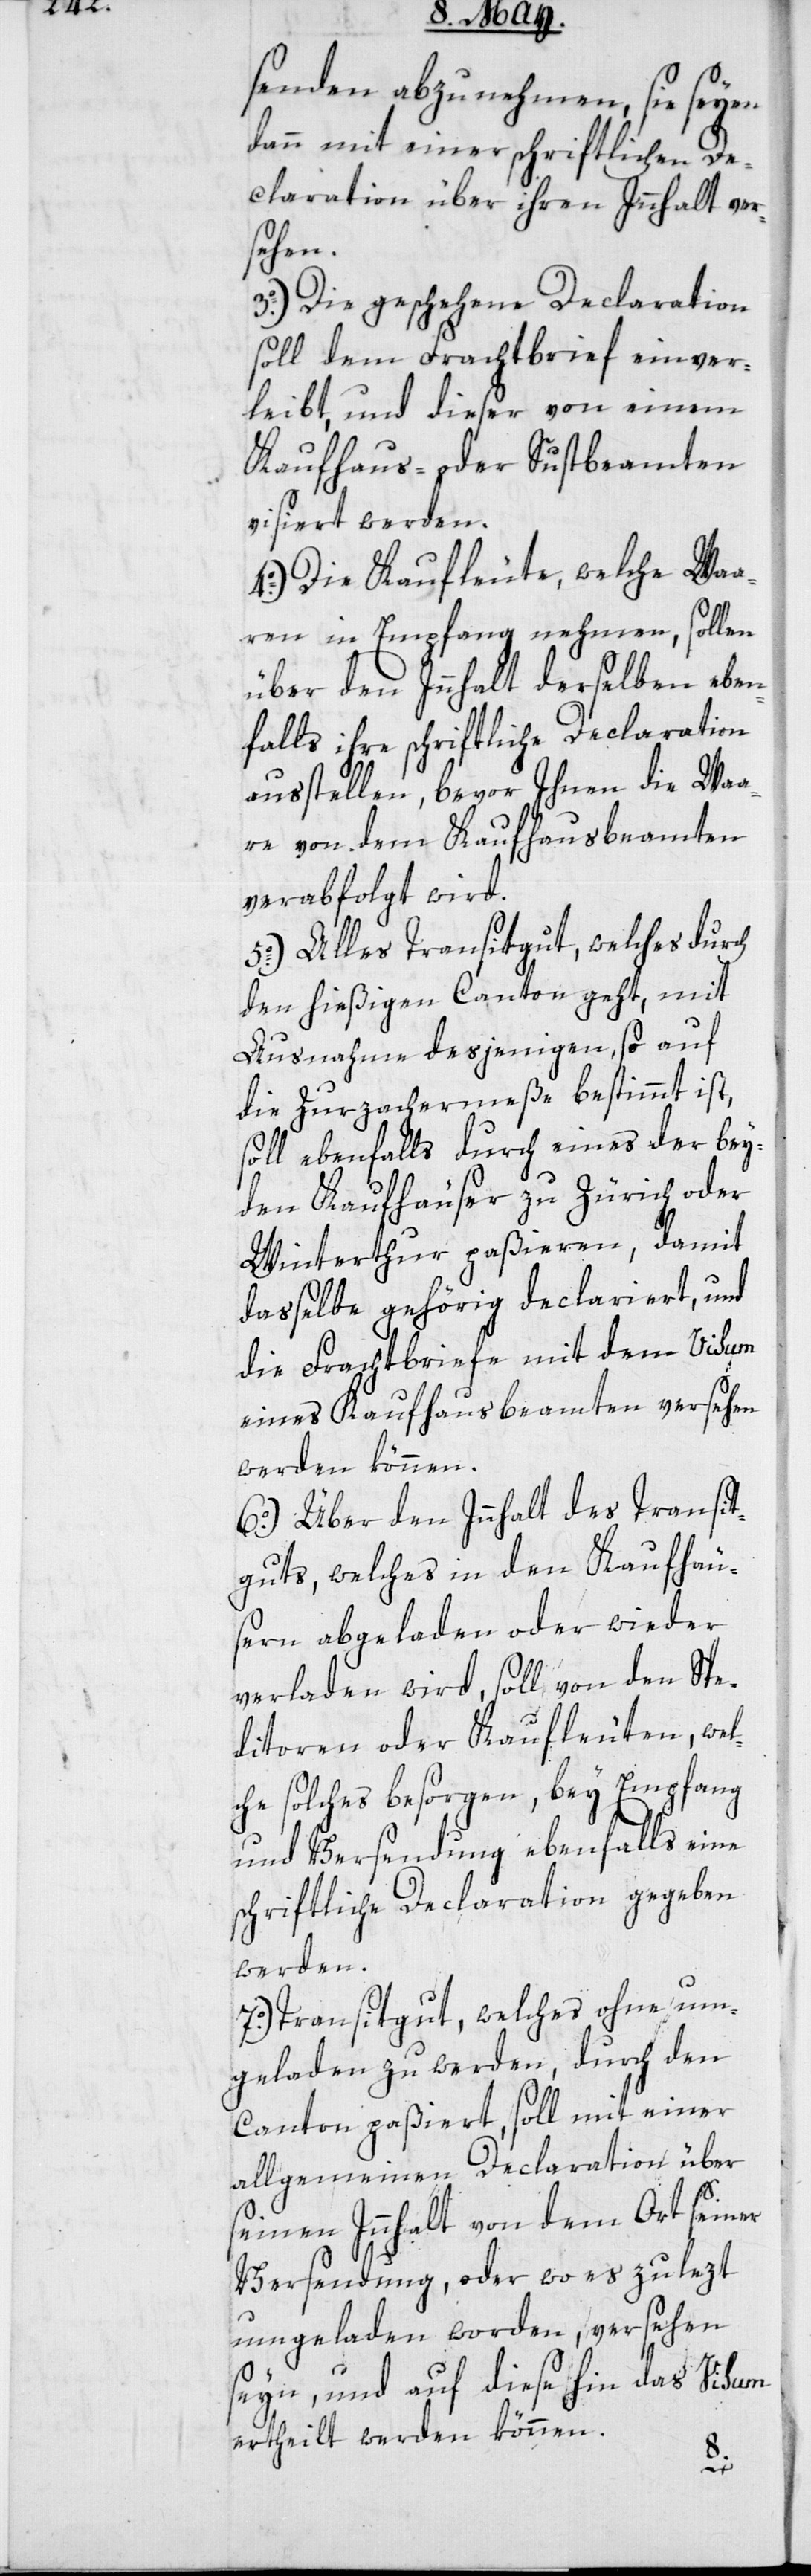
senden abzunehmen, sie seyen
dann mit einer schriftlichen De¬
claration über ihren Innhalt ver¬
sehen.
3o.) Die geschehene Declaration
soll dem Frachtbrief einver¬
leibt, und dieser von einem
Kaufhaus- oder Sustbeamten
visiert werden.
4o.) Die Kaufleute, welche Waa¬
ren in Empfang nehmen, sollen
über den Innhalt derselben eben¬
falls ihre schriftliche Declaration
ausstellen, bevor Ihnen die Waa¬
re von dem Kaufhausbeamten
verabfolgt wird.
5o.) Alles Transitgut, welches durch
den hießigen Canton geht, mit
Ausnahme desjenigen, so auf
die Zurzachermeße bestimmt ist,
soll ebenfalls durch eines der bey¬
den Kaufhäuser zu Zürich oder
Winterthur paßieren, damit
dasselbe gehörig declariert, und
die Frachtbriefe mit dem Visum
eines Kaufhausbeamten versehen
werden können.
6o.) Über den Innhalt des Transit¬
guts, welches in den Kaufhäu¬
sern abgeladen oder wieder
verladen wird, soll von den Spe¬
ditoren oder Kaufleuten, wel¬
che solches besorgen, bey Empfang
und Versendung ebenfalls eine
schriftliche Declaration gegeben
werden.
7o.) Transitgut, welches ohne um¬
geladen zu werden, durch den
Canton paßiert, soll mit einer
allgemeinen Declaration über
seinen Innhalt von dem Ort seiner
Versendung, oder wo es zulezt
umgeladen worden, versehen
seyn, und auf diese hin das Visum
ertheilt werden können.